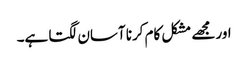
اور مجھے مشکل کام کرنا آسان لگتا ہے۔